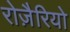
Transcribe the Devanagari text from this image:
रोज़ैरियो